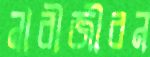
নারীজীবন